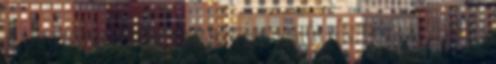
így történne, akkor a ránk szánt uniós pénzekből kevesebbet